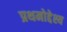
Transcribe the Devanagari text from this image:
प्रथमोद्देश्य